Indian journal of veterinary science and animal husbandry - Volume 10,
Year: 1940
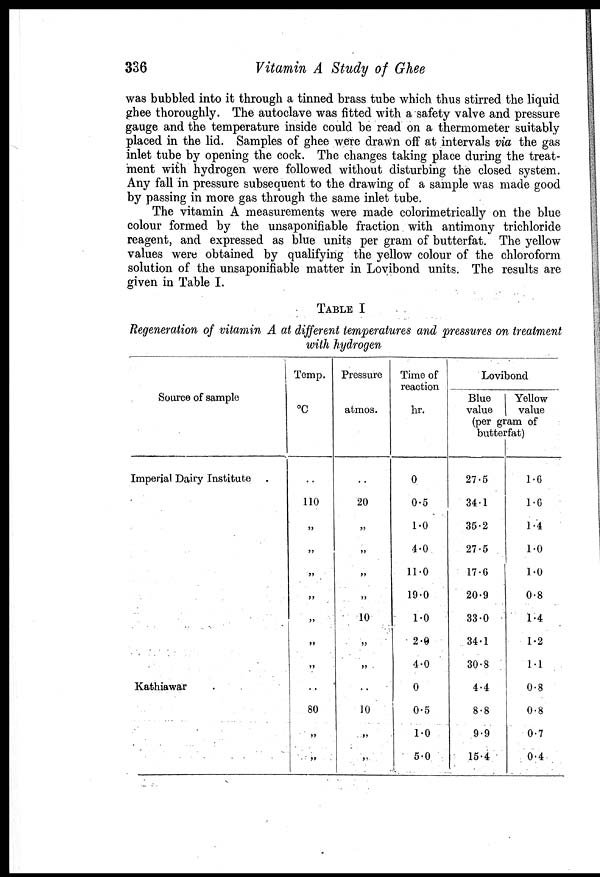
336
Vitamin A Study of Ghee
was bubbled into it through a tinned brass tube which thus stirred the liquid
ghee thoroughly. The autoclave was fitted with a safety valve and pressure
gauge and the temperature inside could be read on a thermometer suitably
placed in the lid. Samples of ghee were drawn off at intervals via the gas
inlet tube by opening the cock. The changes taking place during the treat-
ment with hydrogen were followed without disturbing the closed system.
Any fall in pressure subsequent to the drawing of a sample was made good
by passing in more gas through the same inlet tube.
The vitamin A measurements were made colorimetrically on the blue
colour formed by the unsaponifiable fraction with antimony trichloride
reagent, and expressed as blue units per gram of butterfat. The yellow
values were obtained by qualifying the yellow colour of the chloroform
solution of the unsaponifiable matter in Lovibond units. The results are
given in Table I.
TABLE I
Regeneration of vitamin A at different temperatures and pressures on treatment
with hydrogen
Source of sample
Imperial Dairy Institute
Kathiawar
Temp.
°C
..
110
„
„
„
„
„
„
„
..
80
„
„
Pressure
atmos.
..
20
„
„
„
„
10
„
„
„
10
„
„
Time of
reaction
hr.
0
0.5
1.0
4.0
11.0
19.0
1.0
2.9
4.0
0
0.5
1.0
5.0
Lovibond
Blue
value
Yellow
value
(per gram of
butterfat)
27.5
34.1
35.2
27.5
17.6
20.9
33.0
34.1
30.8
4.4
8.8
9.9
15.4
1.6
1.6
1.4
1.0
1.0
0.8
1.4
1.2
1.1
0.8
0.8
0.7
0.4